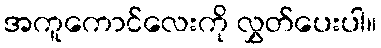
အကူကောင်လေးကို လွှတ်ပေးပါ။